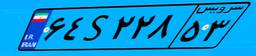
۲۵S۷۱۸۹۰